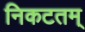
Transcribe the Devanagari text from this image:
निकटतम्